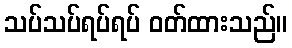
သပ်သပ်ရပ်ရပ် ဝတ်ထားသည်။